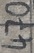
Text: 470